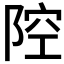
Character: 𱀞